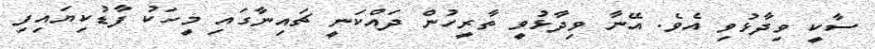
ސާކީ ވިދާޅުވި އެވެ. އޭނާ ވިދާޅުވީ ތާރީހުން ދައްކަނީ ޗައިނާގައި މީހަކު ފާޑުކިޔައިފި